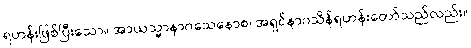
ရဟန်းဖြစ်ပြီးသော။ အာယသ္မာနာဂသေနောစ၊ အရှင်နာဂသိန်ရဟန်းတော်သည်လည်း။